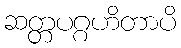
ဆတ္တပဂ္ဂဟိတာပိ